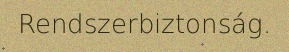
Rendszerbiztonság.